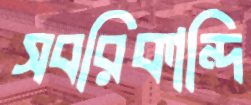
সবরিকান্দি